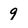
Character: 9